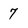
Character: 7